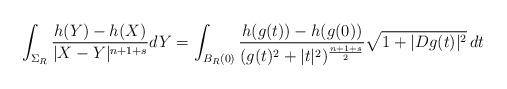
LaTeX: \begin{align*}\int_{\Sigma_R}\frac{h(Y)-h(X)}{|X-Y|^{n+1+s}} dY=\int_{B_R(0)} \frac{h(g(t)) - h(g(0))}{(g(t)^2+|t|^2)^{\frac{n+1+s}{2}}} \sqrt{1+|D g(t)|^2}\,dt\end{align*}